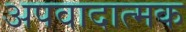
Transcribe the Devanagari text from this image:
अपवादात्मक